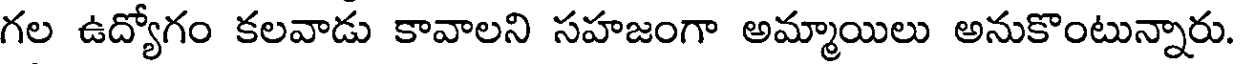
గల ఉద్యోగం కలవాడు కావాలని సహజంగా అమ్మాయిలు అనుకొంటున్నారు